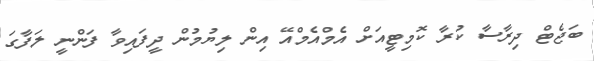
ބަޖެޓް ދިރާސާ ކުރާ ކޮމިޓީއަށް އެމްއެމްއޭ އިން ލިޔުމުން ދީފައިވާ ފަންނީ ލަފާގަ